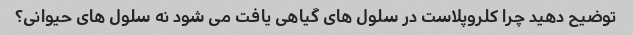
توضیح دهید چرا کلروپلاست در سلول های گیاهی یافت می شود نه سلول های حیوانی؟